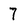
Character: 7